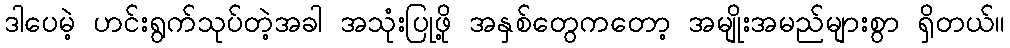
ဒါပေမဲ့ ဟင်းရွက်သုပ်တဲ့အခါ အသုံးပြုဖို့ အနှစ်တွေကတော့ အမျိုးအမည်များစွာ ရှိတယ်။